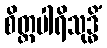
စိတ္တပါရိသုဒ္ဓိံ